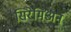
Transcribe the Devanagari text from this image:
सिरेमिअन